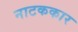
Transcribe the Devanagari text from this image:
नाटककार